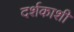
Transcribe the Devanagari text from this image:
दर्शकाशी